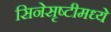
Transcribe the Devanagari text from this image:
सिनेसृष्टीमध्ये